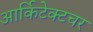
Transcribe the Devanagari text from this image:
आर्किटेक्टचर